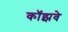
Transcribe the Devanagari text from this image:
कॉझवे